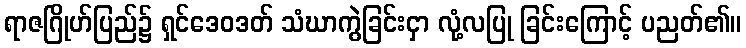
ရာဇဂြိုဟ်ပြည်၌ ရှင်ဒေဝဒတ် သံဃာကွဲခြင်းငှာ လုံ့လပြု ခြင်းကြောင့် ပညတ်၏။